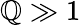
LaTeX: \mathbb{Q}\gg1